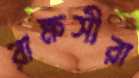
রাক্ষসীরা